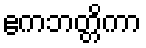
ဧကဘတ္တိကာ